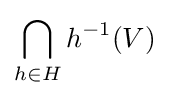
\bigcap _{h\in H}h^{-1}(V)